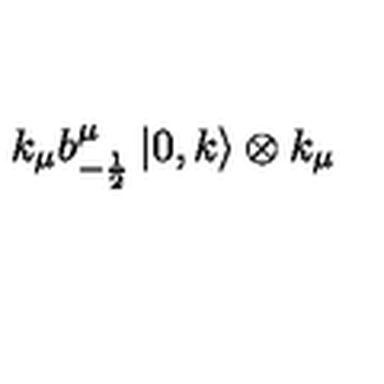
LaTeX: k _ { \mu } b _ { - \frac { 1 } { 2 } } ^ { \mu } \left| 0 , k \right\rangle \otimes k _ { \mu }